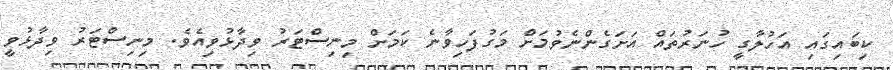
ކިބައިގައި އަހުލާގީ ހުނަރުތައް އަށަގެންނެވުމަށް މަގުފަހިވާނެ ކަމަށް މިނިސްޓަރު ވިދާޅުވިއެވެ. މިނިސްޓަރު ވިދާޅުވީ